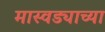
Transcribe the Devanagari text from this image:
मास्वड्याच्या